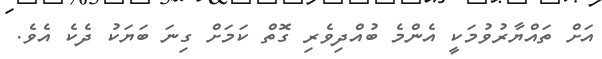
އަށް ތައްޔާރުވުމަކީ އެންމެ ބުއްދިވެރި ގޮތް ކަމަށް ގިނަ ބަޔަކު ދެކެ އެވެ.